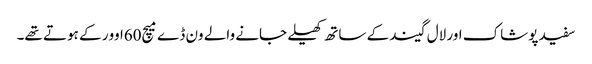
سفید پوشاک اور لال گیند کے ساتھ کھیلے جانے والے ون ڈے میچ60اوور کے ہوتے تھے۔